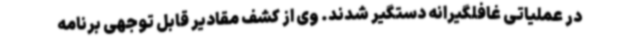
در عملیاتی غافلگیرانه دستگیر شدند. وی از کشف مقادیر قابل توجهی برنامه